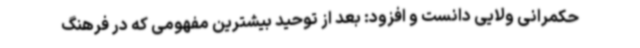
حکمرانی ولایی دانست و افزود: بعد از توحید بیشترین مفهومی که در فرهنگ